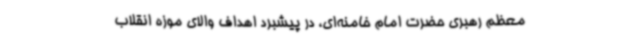
معظم رهبری حضرت امام خامنه‌ای، در پیشبرد اهداف والای موزه انقلاب